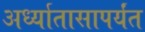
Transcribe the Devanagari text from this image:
अर्ध्यातासापर्यंत